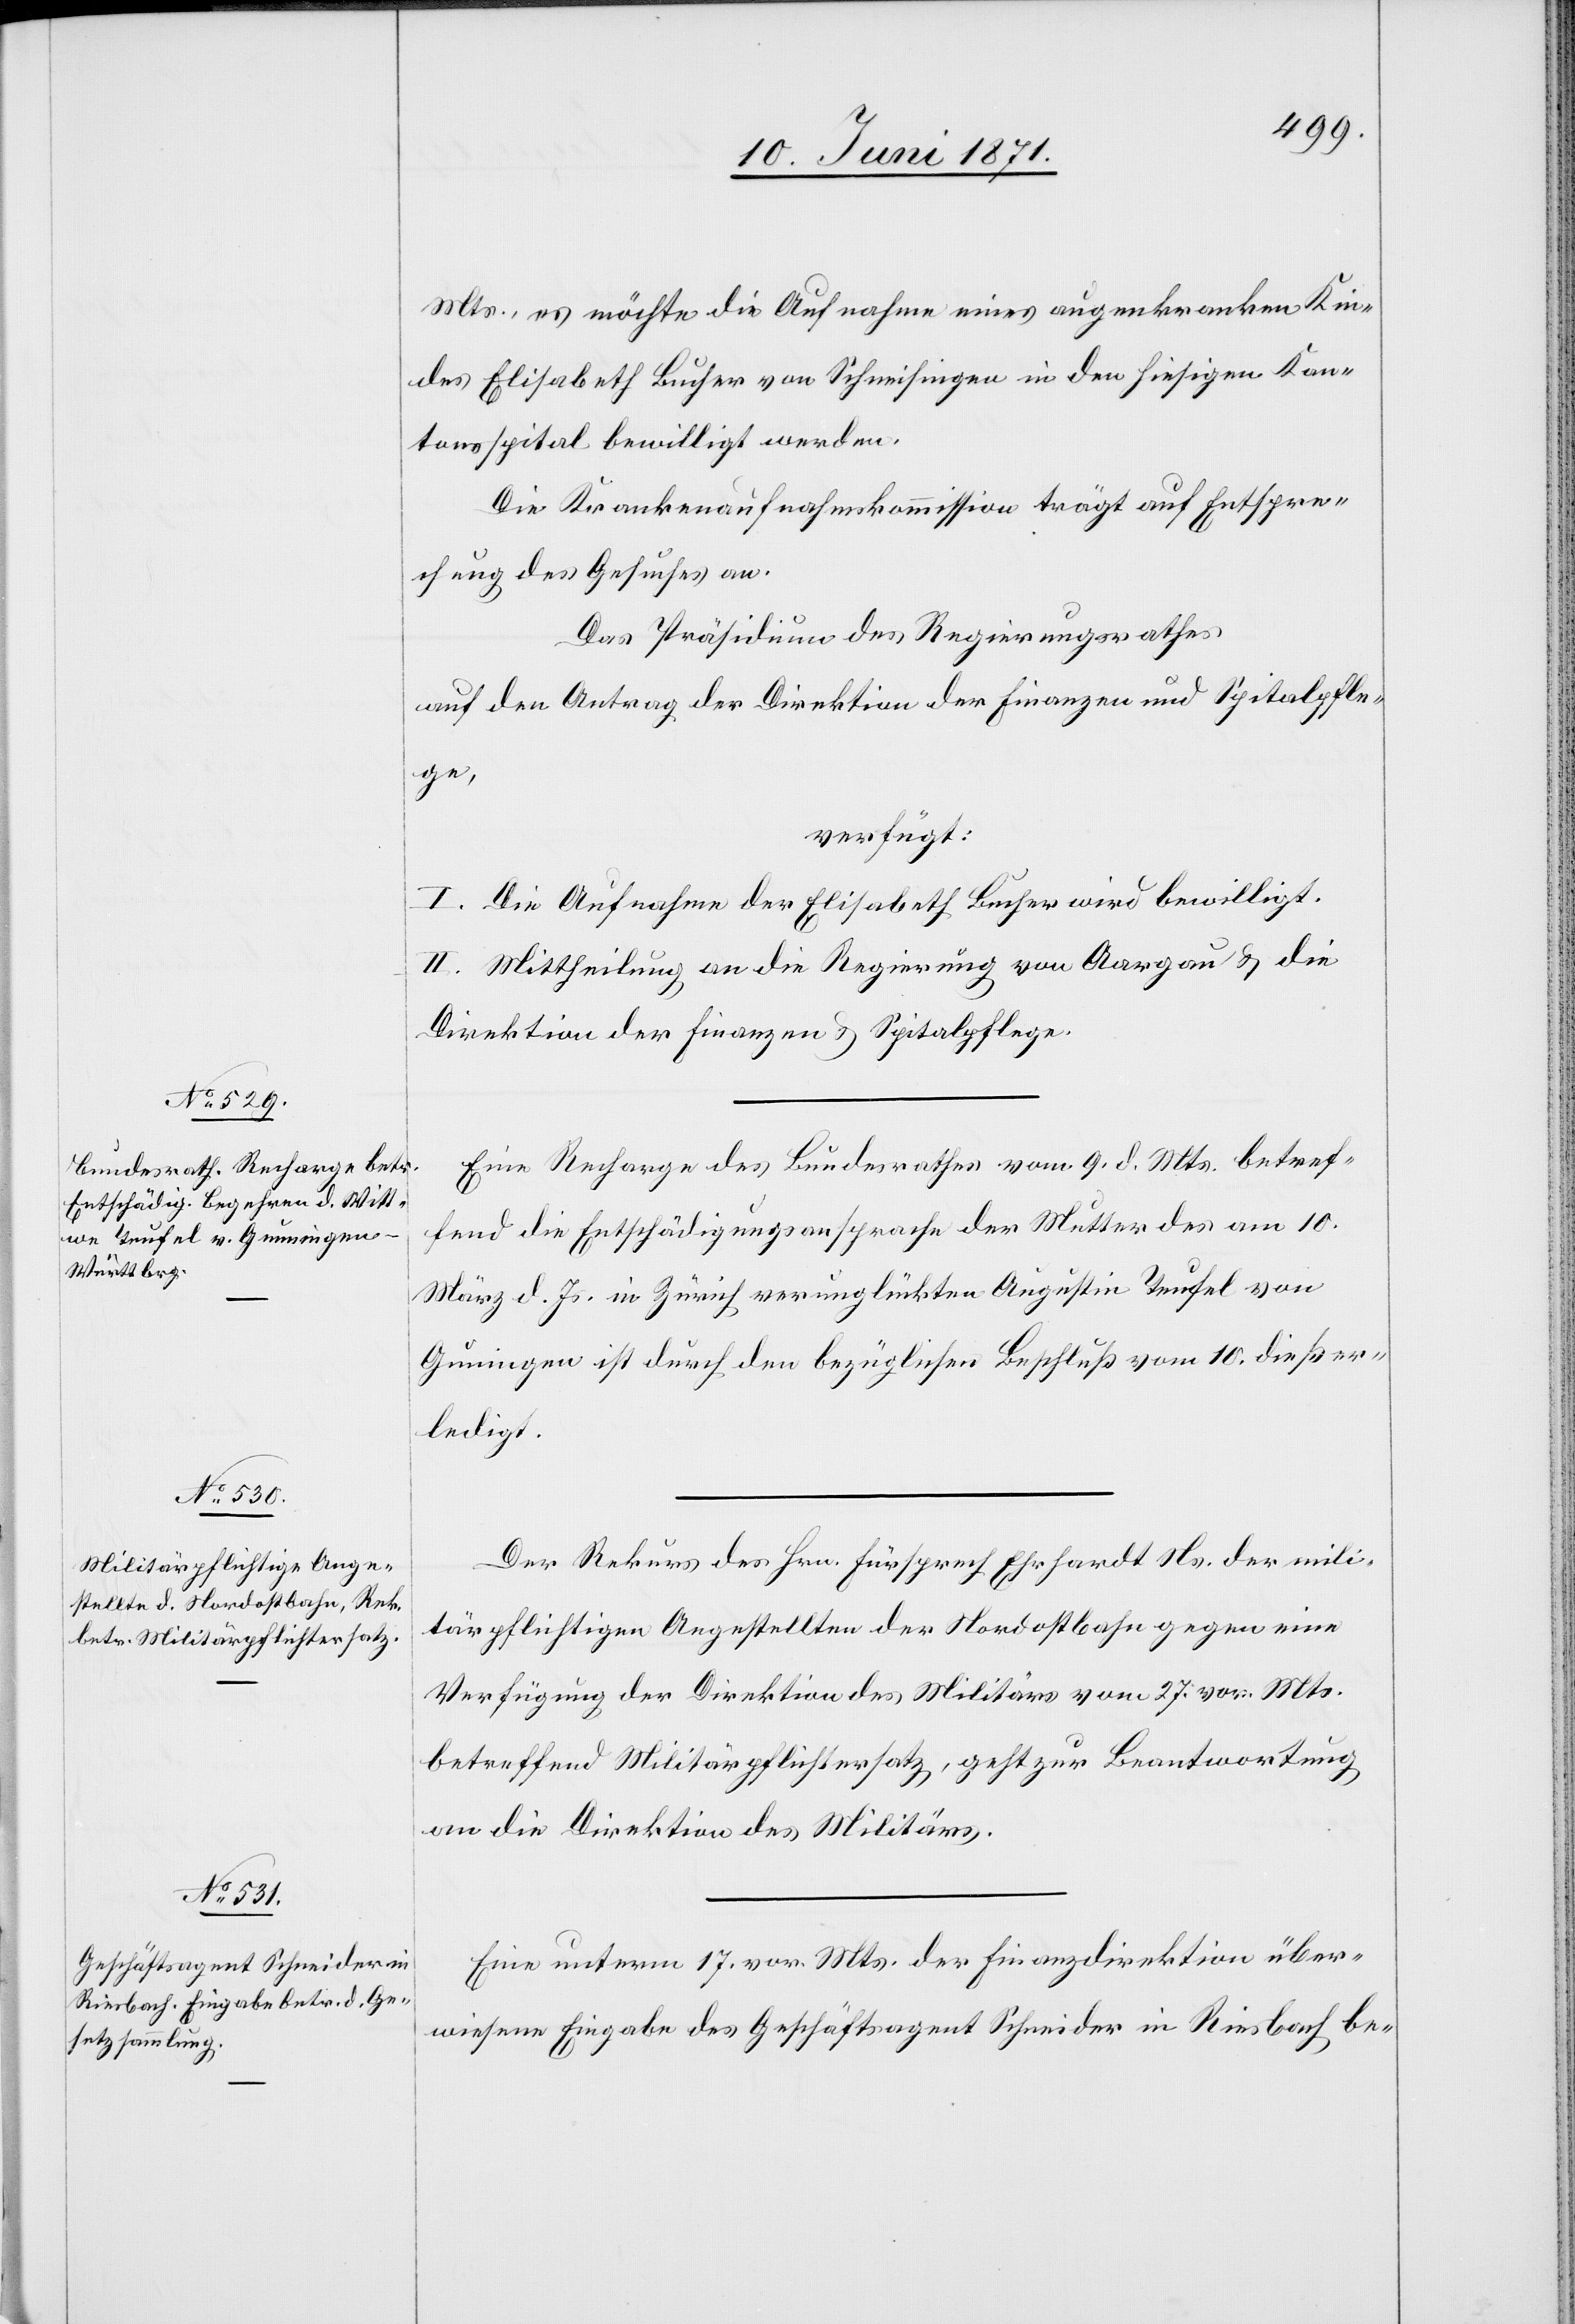
12. Juni 1871.]
Mts., es möchte die Aufnahme eines augenkranken Kin¬
des Elisabeth Bucher von Schneisingen in den hiesigen Kan¬
tonsspital bewilligt werden.
Die Krankenaufnahmskommission trägt auf Entspre¬
chung des Gesuches an.
Das Präsidium des Regierungsrathes
auf den Antrag der Direktion der Finanzen und Spitalpfle¬
ge,
verfügt:
I. Die Aufnahme der Elisabeth Bucher wird bewilligt.
II. Mittheilung an die Regierung von Aargau u. die
Direktion der Finanzen u. Spitalpflege.
Eine Recharge des Bundesrathes vom 9. d. Mts. betref¬
fend die Entschädigungsansprache der Mutter des am 10.
März d. Js. in Zürich verunglückten Augustin Teufel von
Guningen [sic!] ist durch den bezüglichen Beschluß vom 10. dieß er¬
ledigt.
Der Rekurs des Hrn. Fürsprech Ehrhardt Ns. der mili¬
tärpflichtigen Angestellten der Nordostbahn gegen eine
Verfügung der Direktion des Militärs vom 27. vor. Mts.
betreffend Militärpflichtersatz, geht zur Beantwortung
an die Direktion des Militärs.
Eine unterm 17. vor. Mts. der Finanzdirektion über¬
wiesene Eingabe des Geschäftsagent Schneider in Riesbach be-